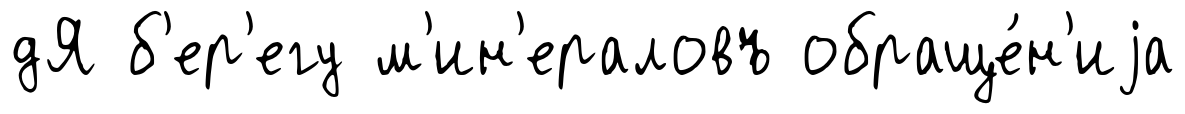
дЯ б'ер'егу м'ин'ераловъ обраще́н'иjа